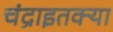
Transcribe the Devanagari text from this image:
चंद्राइतक्या